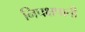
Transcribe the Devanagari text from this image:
निपक्षपाती